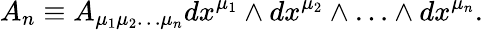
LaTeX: A_{n}\equiv A_{\mu_{1}\mu_{2}\ldots\mu_{n}}dx^{\mu_{1}}\wedge dx^{\mu_{2}}\wedge\ldots\wedge dx^{\mu_{n}}.